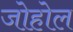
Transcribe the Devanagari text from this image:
जोहोल